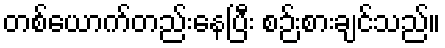
တစ်ယောက်တည်းနေပြီး စဉ်းစားချင်သည်။